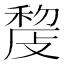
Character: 𢾨